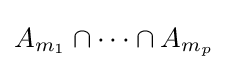
A_{m_{1}}\cap \cdots \cap A_{m_{p}}